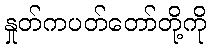
နှုတ်ကပတ်တော်တို့ကို